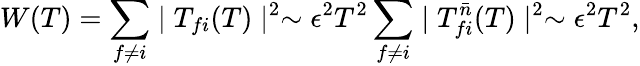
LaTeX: W(T)=\sum_{f\neq i}\mid T_{fi}(T)\mid^{2}\sim\epsilon^{2}T^{2}\sum_{f\neq i}\mid T_{fi}^{\bar{n}}(T)\mid^{2}\sim\epsilon^{2}T^{2},